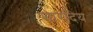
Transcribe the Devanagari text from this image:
शारदिय